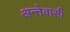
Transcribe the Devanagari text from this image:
अन्तेवासी